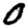
Digit: 0